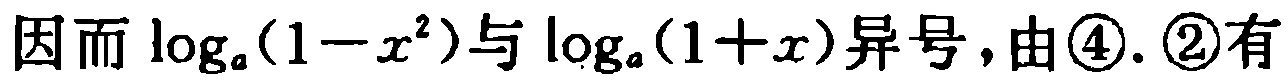
因而\(\log_{a}(1 - x^{2})\)与\(\log_{a}(1 + x)\)异号，由\textcircled{4}.\textcircled{2}有